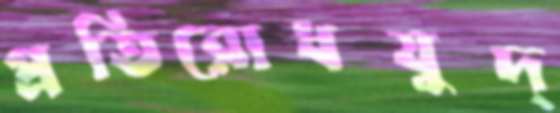
প্রতিরোধযুদ্